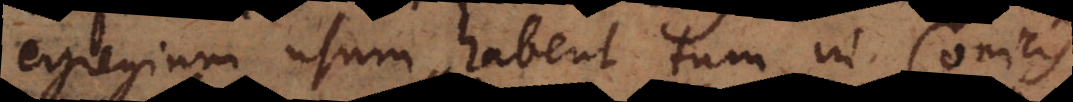
egregium usum habent tum in Conicis